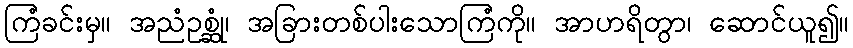
ကြံခင်းမှ။ အညံဥစ္ဆုံ၊ အခြားတစ်ပါးသောကြံကို။ အာဟရိတွာ၊ ဆောင်ယူ၍။